Lunatic asylums in Bengal annual reports 1888-1898 - 1888-1898
Year: 1888
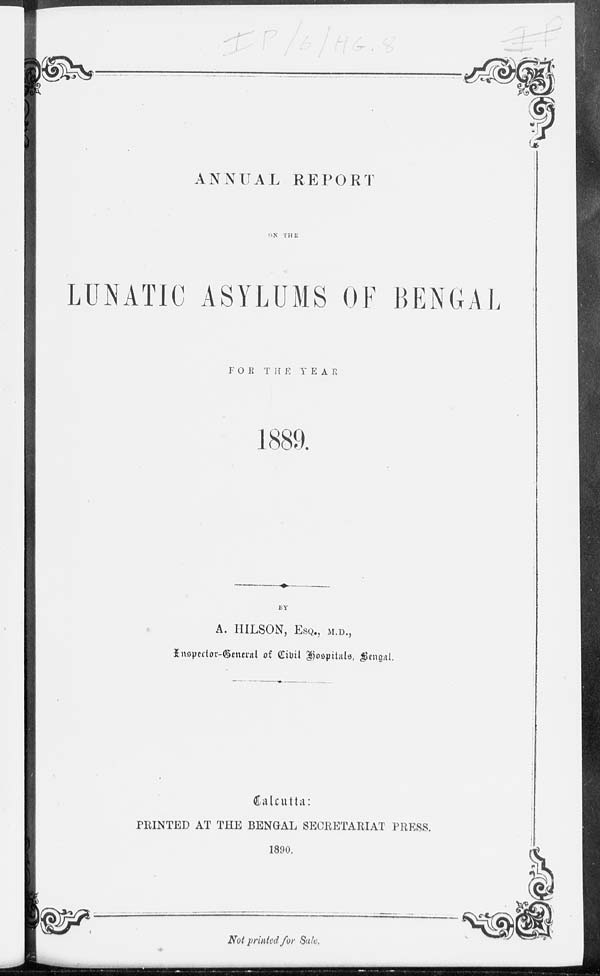
ANNUAL
REPORT
ON THE
LUNATIC ASYLUMS OF BENGAL
FOR
THE
YEAR
1889.
BY
A. HILSON, ESQ., M.D.,
Inspector-General of Civil Hospitals, Bengal.
Calcutta:
PRINTED AT THE BENGAL SECRETARIAT PRESS.
1890.
Not printed for Sale.